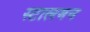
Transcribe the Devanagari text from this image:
स्टालमन